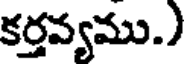
కర్తవ్యము.)